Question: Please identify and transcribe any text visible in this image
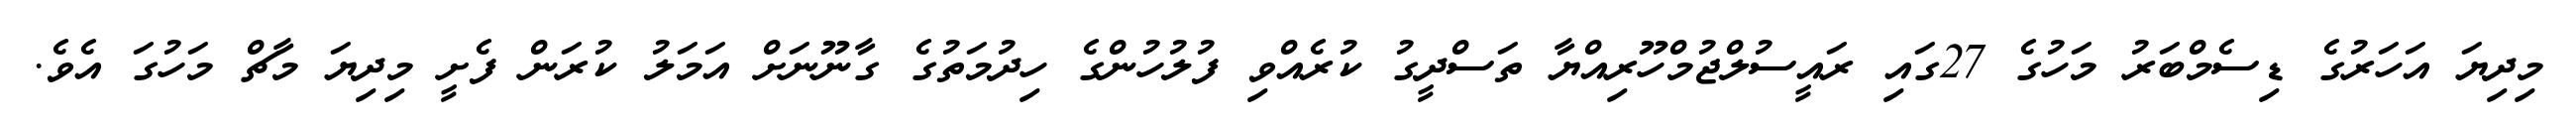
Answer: މިދިޔަ އަހަރުގެ ޑިސެމްބަރު މަހުގެ 27ގައި ރައީސުލްޖުމްހޫރިއްޔާ ތަސްދީގު ކުރެއްވި ފުލުހުންގެ ހިދުމަތުގެ ގާނޫނަށް އަމަލު ކުރަން ފެށީ މިދިޔަ މާޗް މަހުގަ އެވެ.